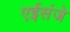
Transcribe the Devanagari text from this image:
एईसंजे